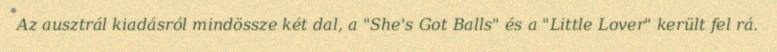
Az ausztrál kiadásról mindössze két dal, a "She's Got Balls" és a "Little Lover" került fel rá.